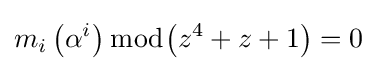
m_{i}\left(\alpha ^{i}\right){\bmod {\left(z^{4}+z+1\right)}}=0